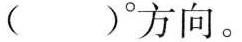
( )°方向。